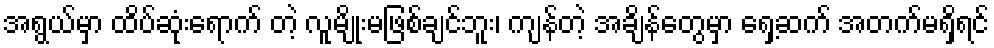
အရွယ်မှာ ထိပ်ဆုံးရောက် တဲ့ လူမျိုးမဖြစ်ချင်ဘူး၊ ကျန်တဲ့ အချိန်တွေမှာ ရှေ့ဆက် အတက်မရှိရင်